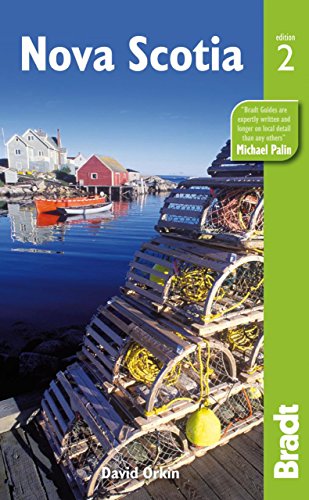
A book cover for Nova Scotia (Bradt Travel Guide); David Orkin; Travel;